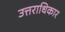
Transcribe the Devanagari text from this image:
उत्तराधिकार